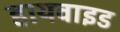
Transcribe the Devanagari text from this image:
हायवाइड